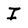
Character: I